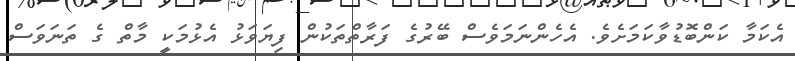
އެކަމާ ކަންބޮޑުވާކަމަށެވެ. އެހެންނަމަވެސް ބޭރުގެ ފަރާތްތަކުން ފިޔަވަޅު އެޅުމަކީ މާތް ގެ ތަނަވަސް